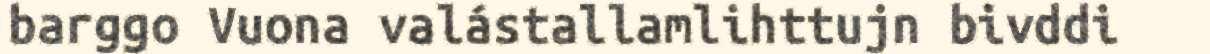
barggo Vuona valástallamlihttujn bivddi